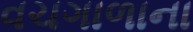
વચગાળાના